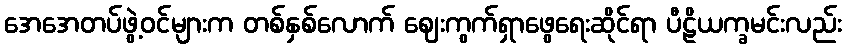
အေအေတပ်ဖွဲ့ဝင်များက တစ်နှစ်လောက် ဈေးကွက်ရှာဖွေရေးဆိုင်ရာ ပီဠိယက္ခမင်းလည်း